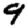
Digit: 9